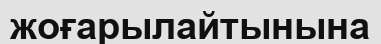
жоғарылайтынына